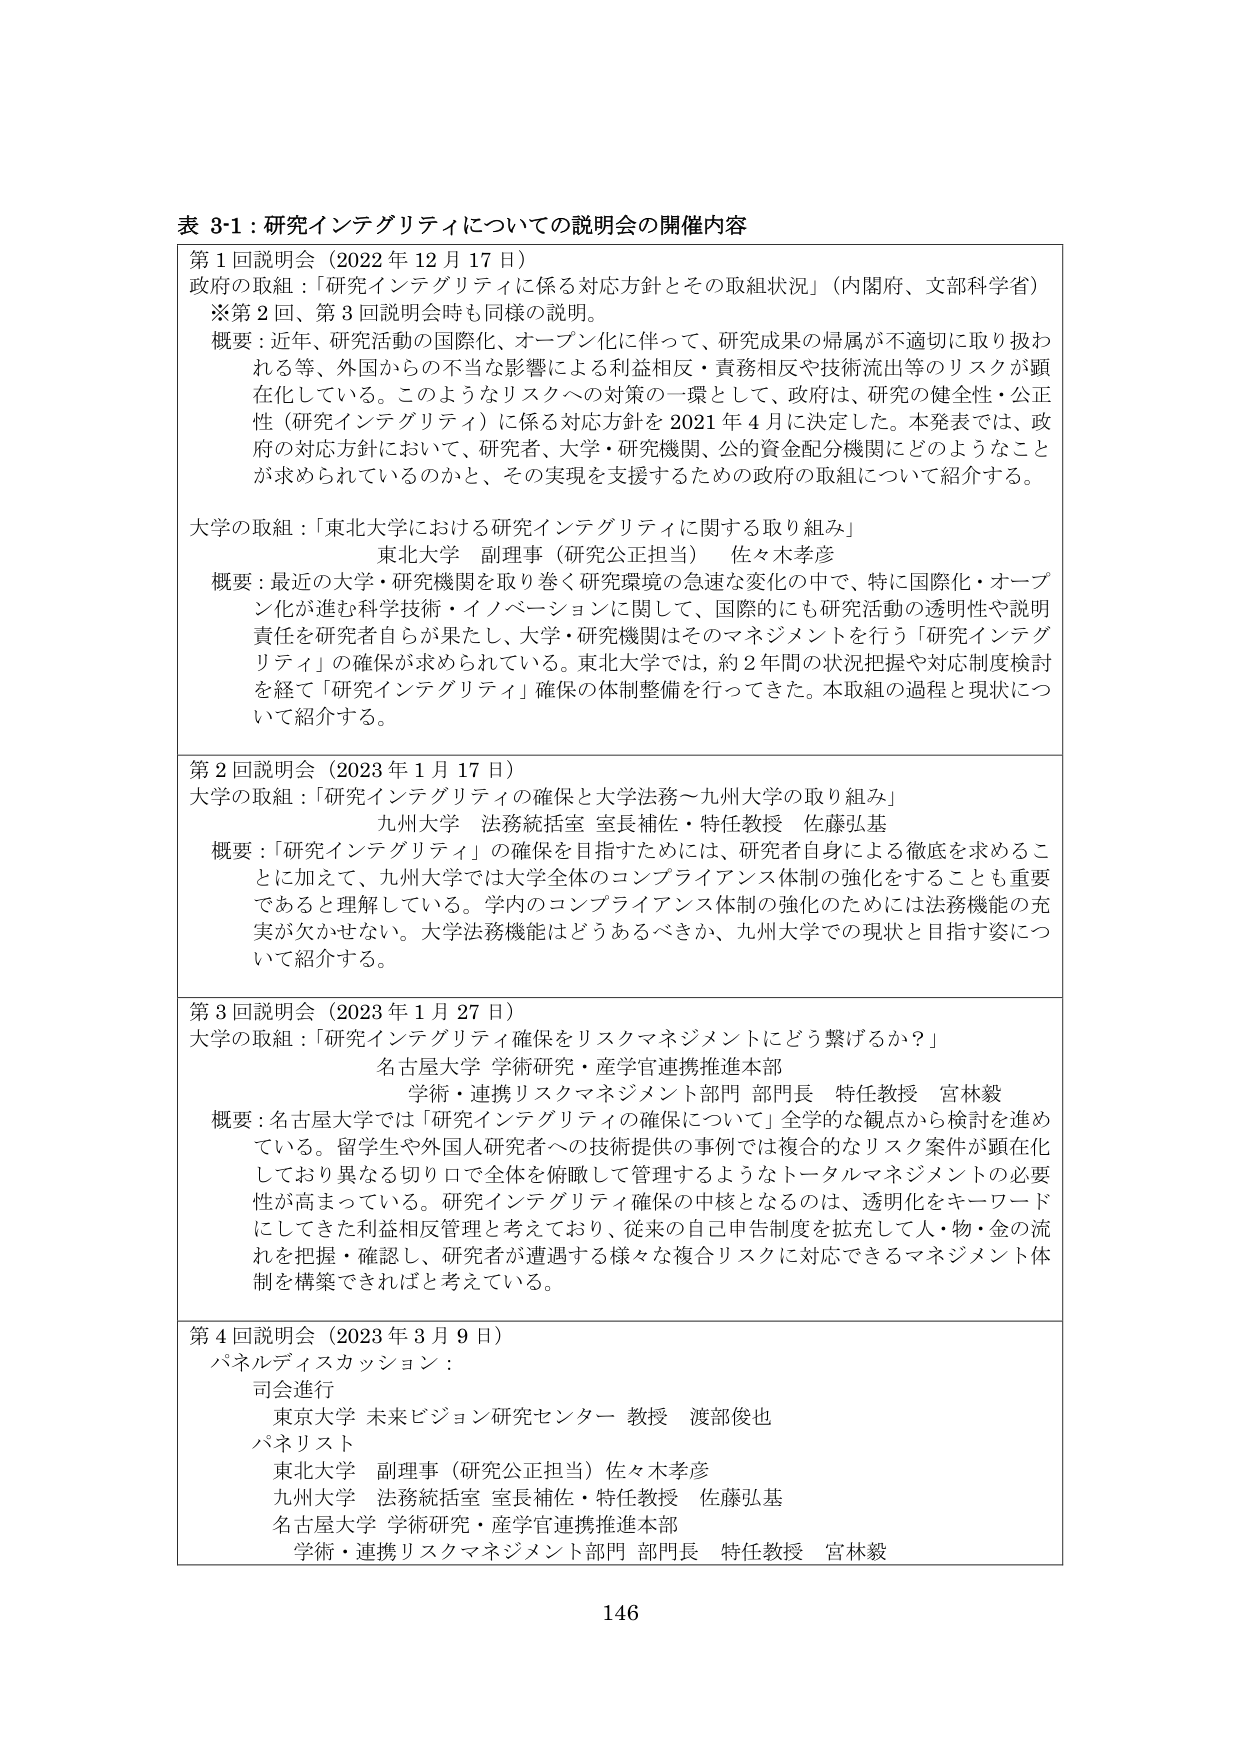
表 3-1：研究インテグリティについての説明会の開催内容

第1回説明会（2022年12月17日）
政府の取組：「研究インテグリティに係る対応方針とその取組状況」（内閣府、文部科学省）
※第2回、第3回説明会時も同様の説明。
概要：近年、研究活動の国際化、オープン化に伴って、研究成果の帰属が不適切に取り扱われる等、外国からの不当な影響による利益相反・責務相反や技術流出等のリスクが顕在化している。このようなリスクへの対策の一環として、政府は、研究の健全性・公正性（研究インテグリティ）に係る対応方針を2021年4月に決定した。本発表では、政府の対応方針において、研究者、大学・研究機関、公的資金配分機関にどのようなことが求められているのかと、その実現を支援するための政府の取組について紹介する。

大学の取組：「東北大学における研究インテグリティに関する取り組み」
東北大学 副理事（研究公正担当） 佐々木孝彦
概要：最近の大学・研究機関を取り巻く研究環境の急速な変化の中で、特に国際化・オープン化が進む科学技術・イノベーションに関して、国際的にも研究活動の透明性や説明責任を研究者自身が果たし、大学・研究機関はそのマネジメントを行う「研究インテグリティ」の確保が求められている。東北大学では、約2年間の状況把握や対応制度検討を経て「研究インテグリティ」確保の体制整備を行ってきた。本取組の過程と現状について紹介する。

第2回説明会（2023年1月17日）
大学の取組：「研究インテグリティの確保と大学法務～九州大学の取り組み」
九州大学 法務統括室 室長補佐・特任教授 佐藤弘基
概要：「研究インテグリティ」の確保を目指すためには、研究者自身による徹底を求めることに加えて、九州大学では大学全体のコンプライアンス体制の強化をすることも重要であると理解している。学内のコンプライアンス体制の強化のためには法務機能の充実が欠かせない。大学法務機能はどうあるべきか、九州大学での現状と目指す姿について紹介する。

第3回説明会（2023年1月27日）
大学の取組：「研究インテグリティ確保をリスクマネジメントにどう繋げるか？」
名古屋大学 学術研究・産学官連携推進本部
学術・連携リスクマネジメント部門 部門長 特任教授 宮林毅
概要：名古屋大学では「研究インテグリティの確保について」全学的な観点から検討を進めている。留学生や外国人研究者への技術提供の事例では複合的なリスク案件が顕在化しており異なる切り口で全体を俯瞰して管理するようなトータルマネジメントの必要性が高まっている。研究インテグリティ確保の中核となるのは、透明化をキーワードにしてきた利益相反管理と考えており、従来の自己申告制度を拡充して人・物・金の流れを把握・確認し、研究者が遭遇する様々な複合リスクに対応できるマネジメント体制を構築できればと考えている。

第4回説明会（2023年3月9日）
パネルディスカッション：
司会進行
東京大学 未来ビジョン研究センター 教授 渡部俊也
パネリスト
東北大学 副理事（研究公正担当） 佐々木孝彦
九州大学 法務統括室 室長補佐・特任教授 佐藤弘基
名古屋大学 学術研究・産学官連携推進本部
学術・連携リスクマネジメント部門 部門長 特任教授 宮林毅

146